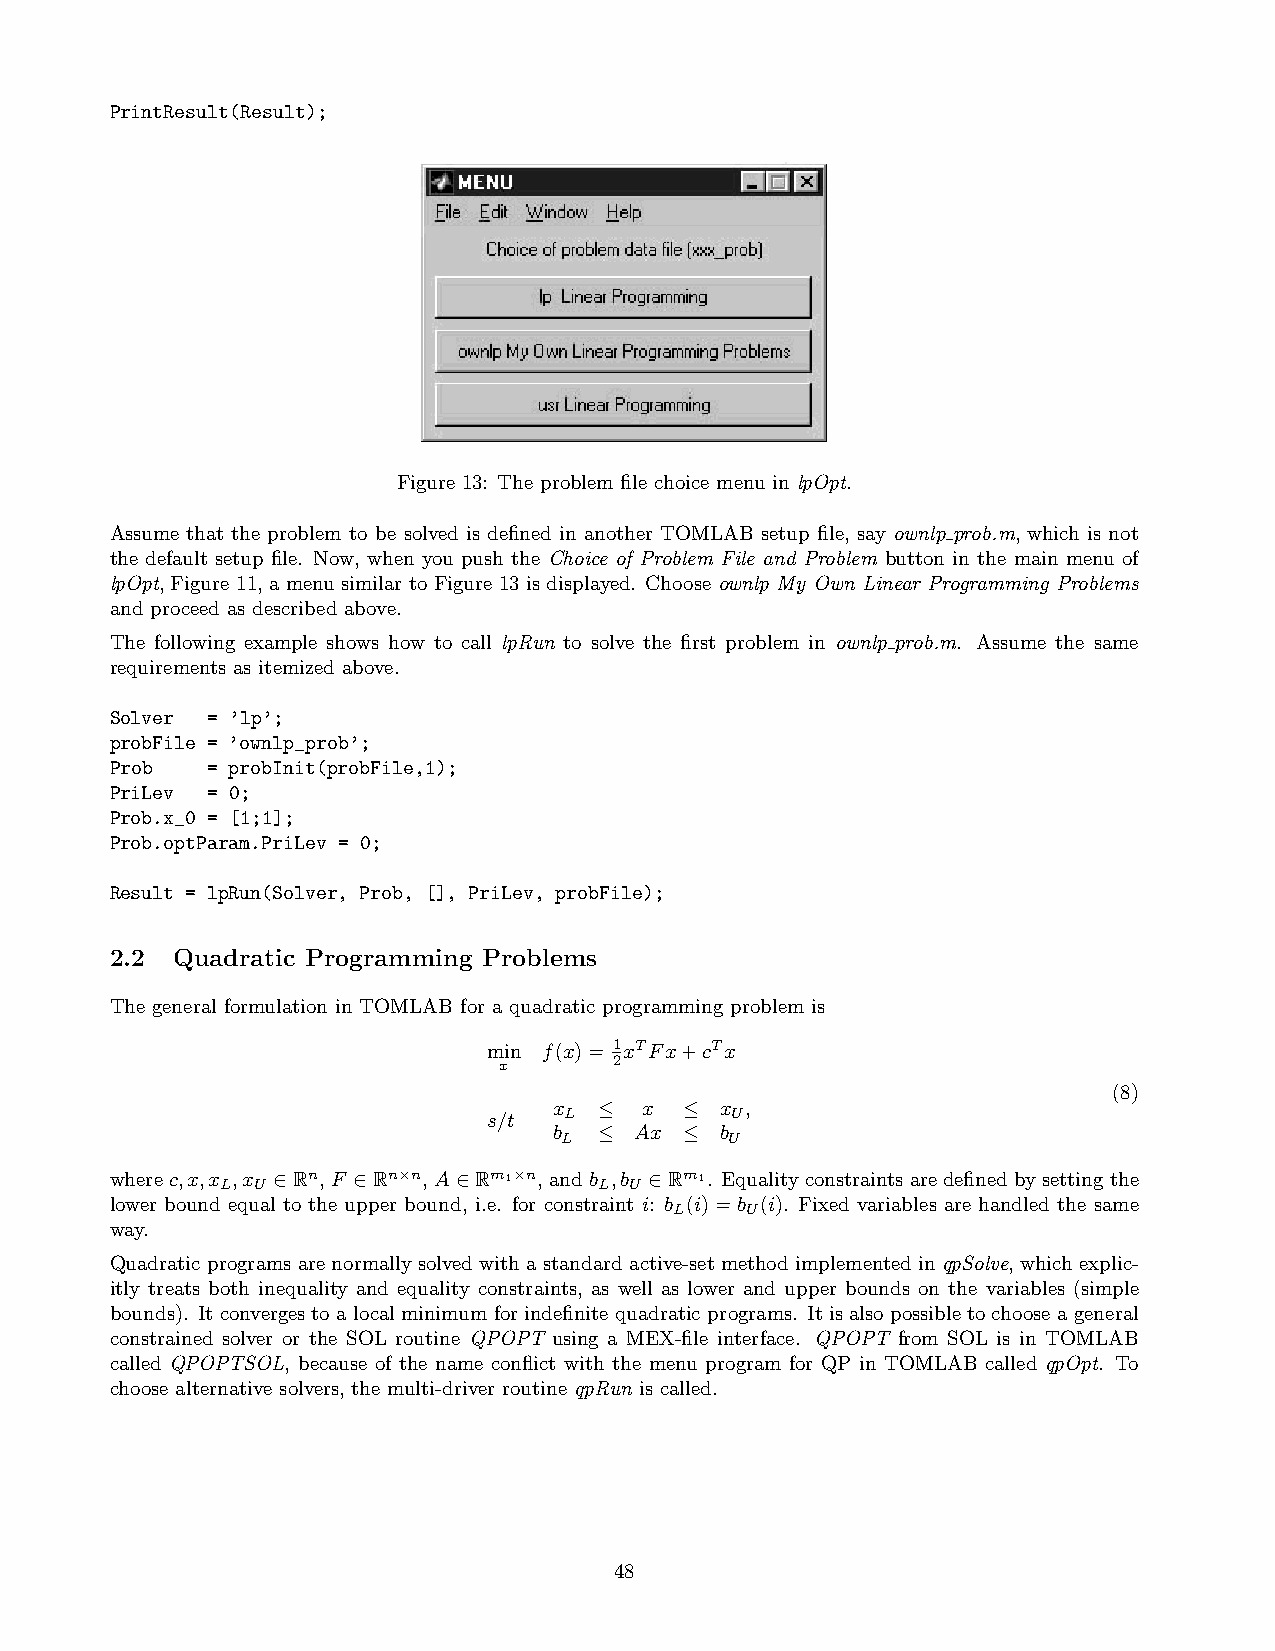
PrintResult(Result);
 Figure 13: The problem file choice menu in lpOpt.
 Assume that the problem to be solved is defined in another TOMLAB setup file, say ownlp prob.m, which is not
 the default setup file. Now, when you push the Choice of Problem File and Problem button in the main menu of
 lpOpt, Figure 11, a menu similar to Figure 13 is displayed. Choose ownlp My Own Linear Programming Problems
 and proceed as described above.
 The following example shows how to call lpRun to solve the first problem in ownlp prob.m. Assume the same
 requirements as itemized above.
 Solver = ’lp’;
 probFile = ’ownlp_prob’;
 Prob   = probInit(probFile,1);
 PriLev = 0;
 Prob.x_0 = [1;1];
 Prob.optParam.PriLev = 0;
 Result = lpRun(Solver, Prob, [], PriLev, probFile);
 2.2 Quadratic Programming Problems
 The general formulation in TOMLAB for a quadratic programming problem is
 min f(x)= 1 xTFx+cTx
 2
 x
 (8)
 x  ≤  x ≤  x ,
 s/t  L          U
 b  ≤ Ax ≤  b
 L          U
 wherec,x,x ,x ∈Rn, F ∈Rn×n, A∈Rm1×n, andb ,b ∈Rm1. Equalityconstraintsaredefinedbysettingthe
 L U                      L U
 lower bound equal to the upper bound, i.e. for constraint i: b (i) =b (i). Fixed variables are handled the same
 L   U
 way.
 Quadratic programs are normally solved with a standard active-set method implemented inqpSolve, which explic-
 itly treats both inequality and equality constraints, as well as lower and upper bounds on the variables (simple
 bounds). It converges to a local minimum for indefinite quadratic programs. It is also possible to choose a general
 constrained solver or the SOL routine QPOPT using a MEX-file interface. QPOPT from SOL is in TOMLAB
 called QPOPTSOL, because of the name conflict with the menu program for QP in TOMLAB called qpOpt. To
 choose alternative solvers, the multi-driver routine qpRun is called.
 48